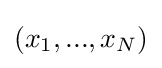
(x_{1},...,x_{N})